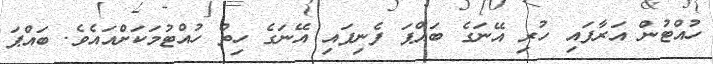
ހުއްޓުން އަރާފައި ހުރި އޭނަގެ ބައްޕަ ފެނިފައި އޭނަގެ ހިތް ހުއްޓުމަކަށްއައެވެ. ބައްޕަ